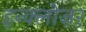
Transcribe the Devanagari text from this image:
इन्क्लोज़र